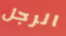
الرجل